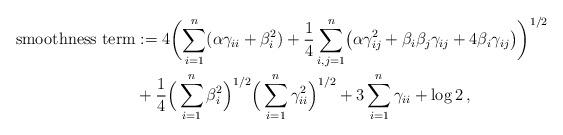
LaTeX: \begin{align*}\textup{smoothness term} &:= 4\biggl(\sum_{i=1}^n(\alpha \gamma_{ii} + \beta_i^2)+ \frac{1}{4}\sum_{i,j=1}^n \bigl(\alpha \gamma_{ij}^2+\beta_i \beta_j \gamma_{ij} + 4\beta_i \gamma_{ij}\bigr)\biggr)^{1/2} \\&+ \frac{1}{4}\Big(\sum_{i=1}^n \beta_i^2\Big)^{1/2}\Big(\sum_{i=1}^n \gamma_{ii}^2\Big)^{1/2} + 3\sum_{i=1}^n \gamma_{ii}+ \log 2\, ,\end{align*}